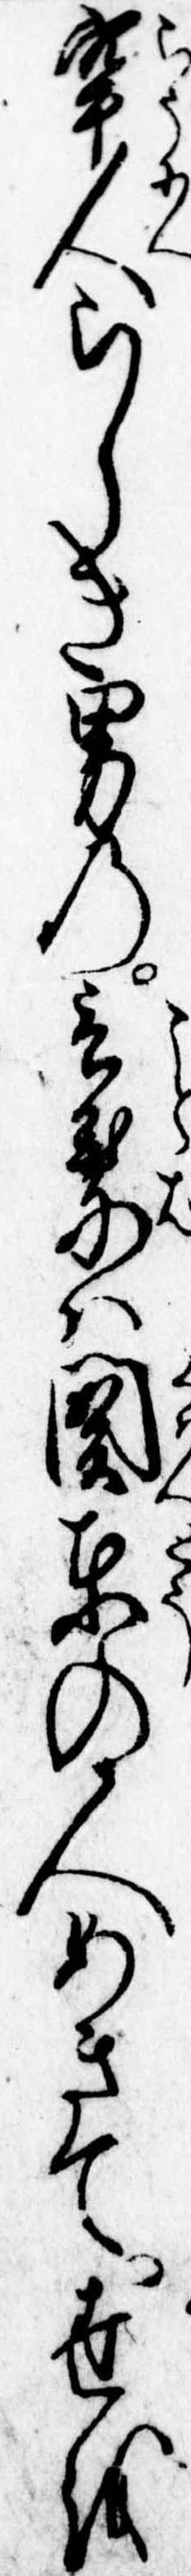
牢人らしき男の言葉は関東の人めきて世を